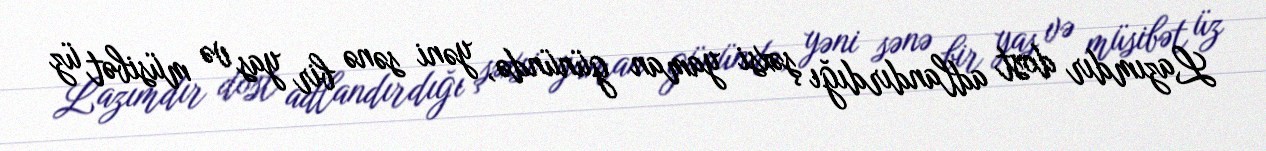
Lazımdır dost adlandırdığı şəxsi yaman günündə, yəni sənə bir yas və müsibət üz